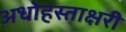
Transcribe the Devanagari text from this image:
अधोहस्ताक्षरी